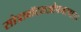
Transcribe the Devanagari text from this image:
सोडाबॉटलओपनरवाला